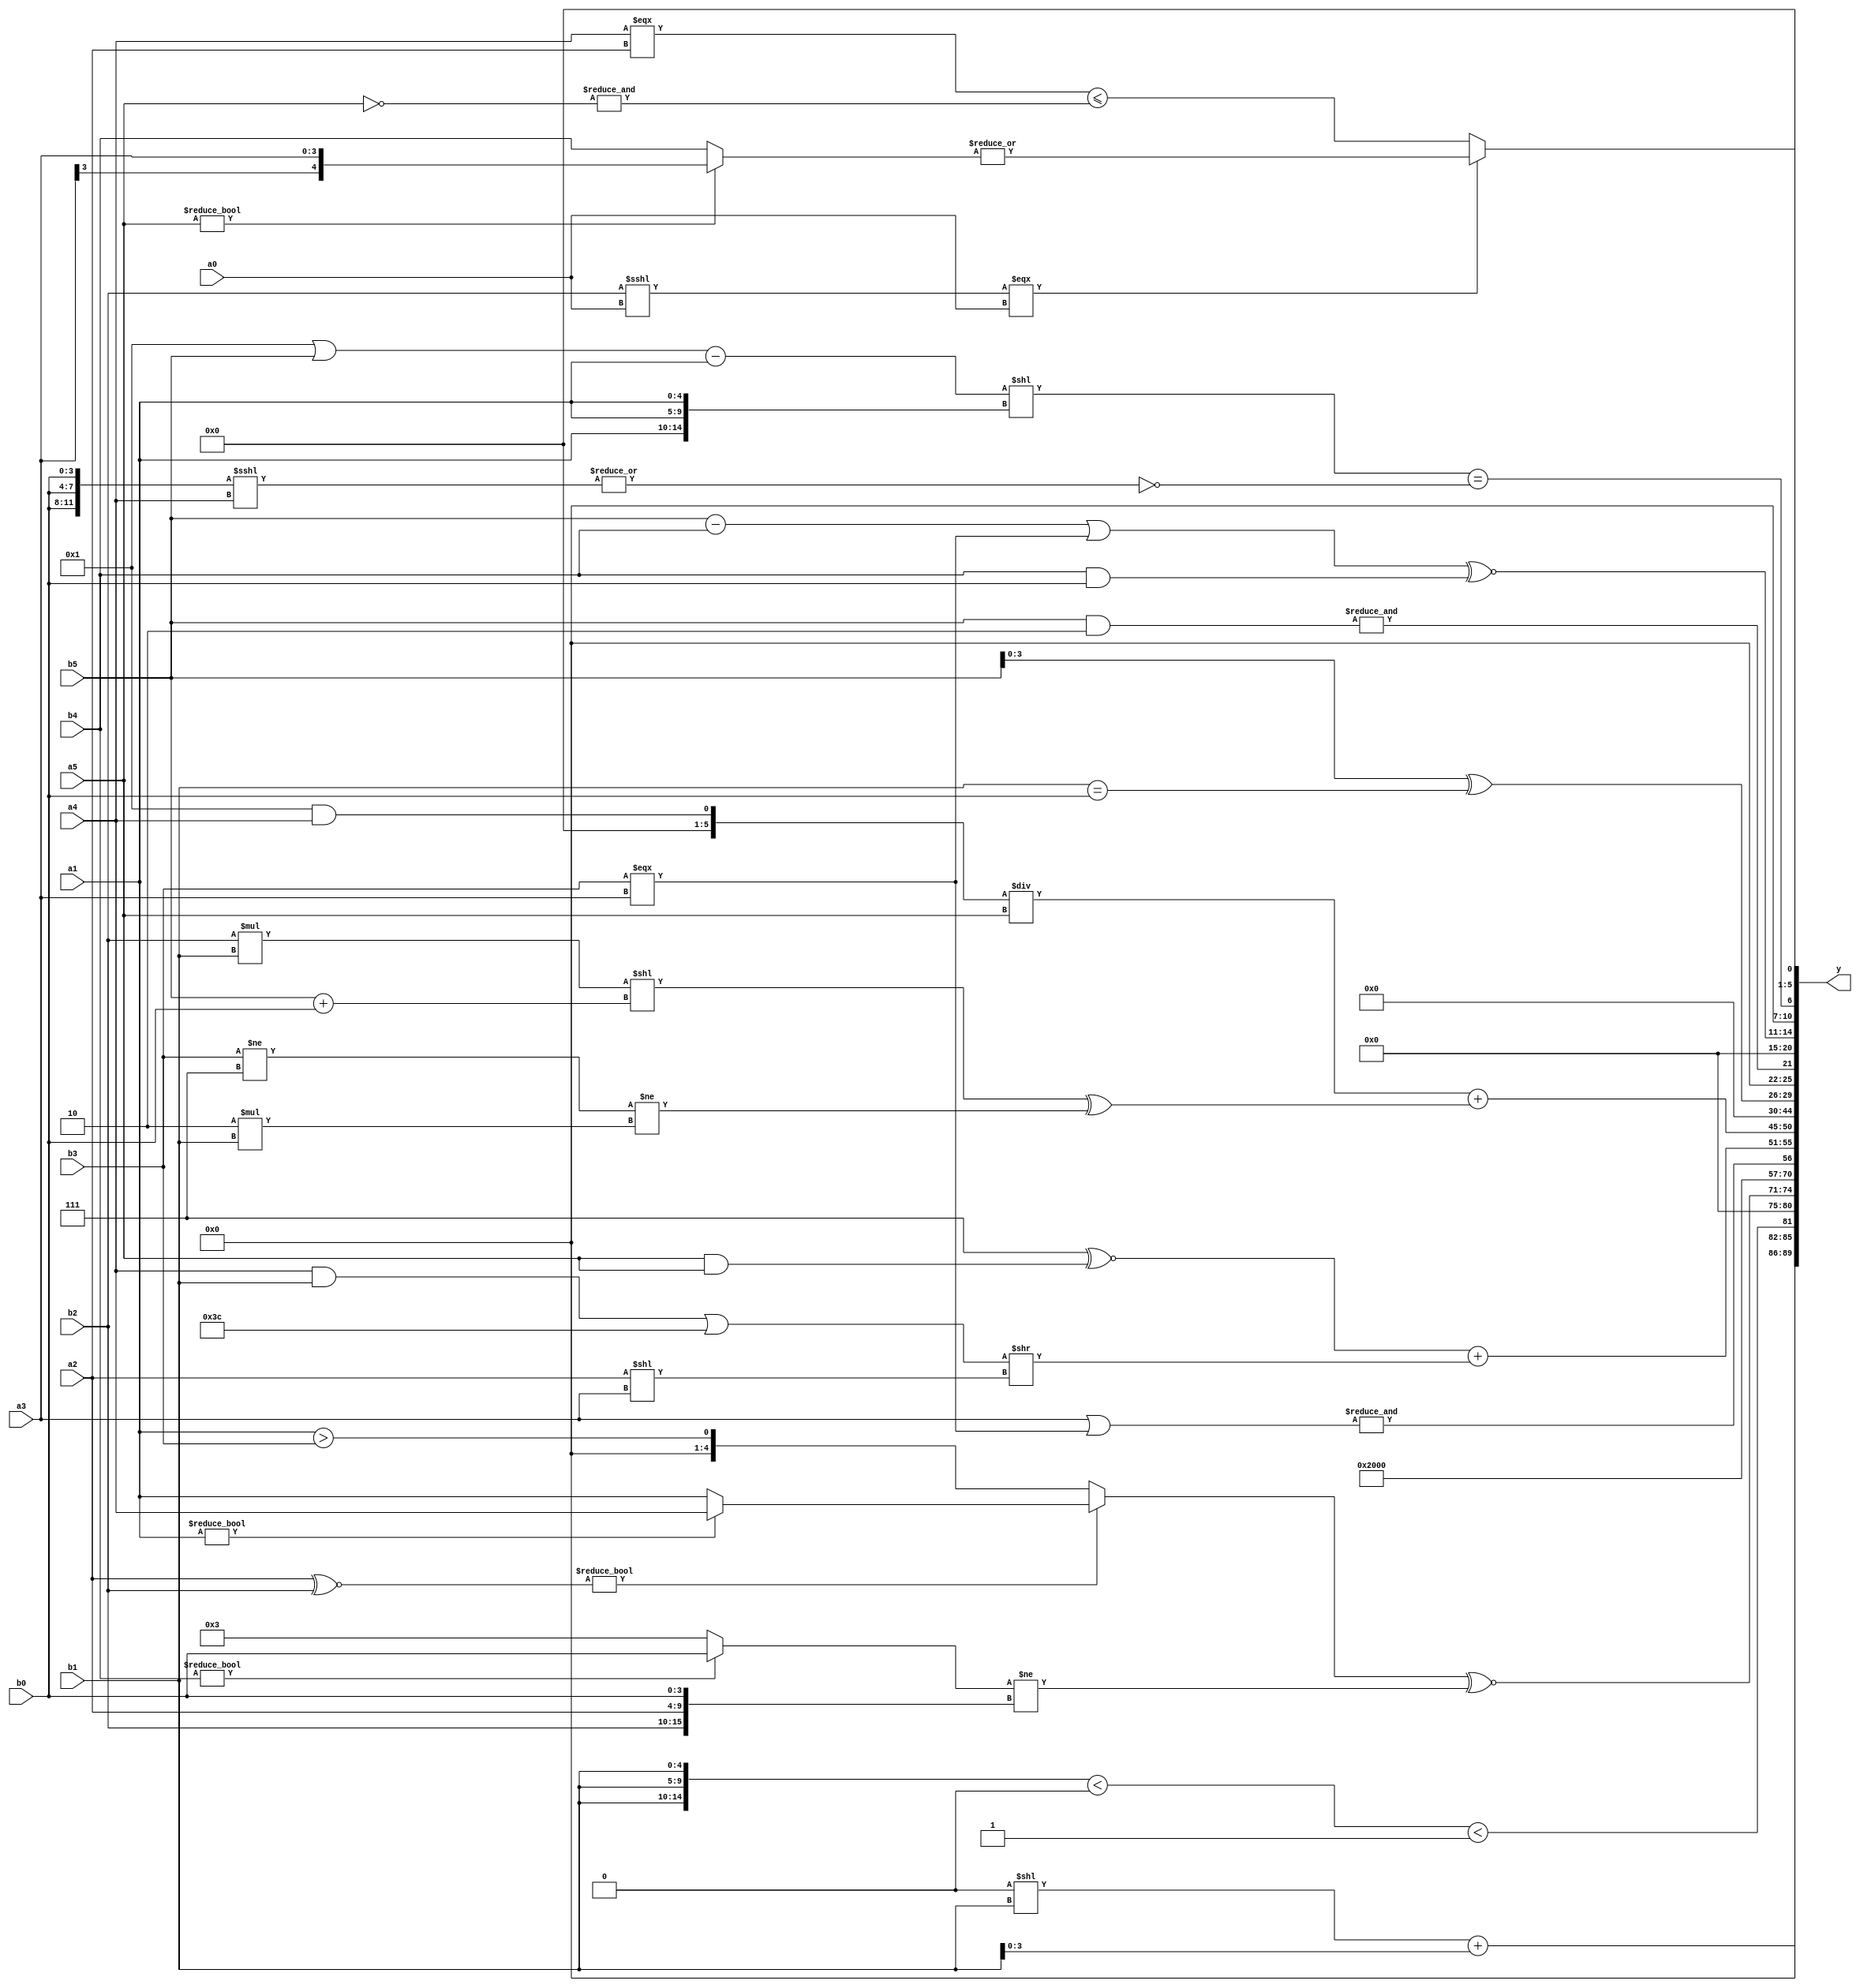
module expression_00812(a0, a1, a2, a3, a4, a5, b0, b1, b2, b3, b4, b5, y);
  input [3:0] a0;
  input [4:0] a1;
  input [5:0] a2;
  input signed [3:0] a3;
  input signed [4:0] a4;
  input signed [5:0] a5;

  input [3:0] b0;
  input [4:0] b1;
  input [5:0] b2;
  input signed [3:0] b3;
  input signed [4:0] b4;
  input signed [5:0] b5;

  wire [3:0] y0;
  wire [4:0] y1;
  wire [5:0] y2;
  wire signed [3:0] y3;
  wire signed [4:0] y4;
  wire signed [5:0] y5;
  wire [3:0] y6;
  wire [4:0] y7;
  wire [5:0] y8;
  wire signed [3:0] y9;
  wire signed [4:0] y10;
  wire signed [5:0] y11;
  wire [3:0] y12;
  wire [4:0] y13;
  wire [5:0] y14;
  wire signed [3:0] y15;
  wire signed [4:0] y16;
  wire signed [5:0] y17;

  output [89:0] y;
  assign y = {y0,y1,y2,y3,y4,y5,y6,y7,y8,y9,y10,y11,y12,y13,y14,y15,y16,y17};

  localparam [3:0] p0 = ((((5'sd13)||(4'sd7))!=(2'd1))?(5'd2 * {(2'd2),(4'd1),(4'd4)}):((4'd1)<={(-2'sd0),(-4'sd4),(2'd3)}));
  localparam [4:0] p1 = (~|((~((5'd29)?(-3'sd3):(-5'sd7)))^~((-4'sd1)%(-5'sd4))));
  localparam [5:0] p2 = (-(!(~{1{(-(~{1{{4{(5'd1)}}}}))}})));
  localparam signed [3:0] p3 = ((2'd3)!==(2'd1));
  localparam signed [4:0] p4 = (-2'sd0);
  localparam signed [5:0] p5 = (-2'sd0);
  localparam [3:0] p6 = {1{({1{((2'd2)?(5'd10):(5'sd14))}}?(~{(5'd25),(-2'sd0),(-3'sd0)}):(-((-4'sd4)>>>(2'd3))))}};
  localparam [4:0] p7 = ((~&((-4'sd0)?(3'sd2):(-3'sd0)))?((-5'sd9)?(3'd7):(2'd0)):(!((3'd3)?(-5'sd1):(4'd6))));
  localparam [5:0] p8 = (~|(&(-5'sd14)));
  localparam signed [3:0] p9 = (-3'sd2);
  localparam signed [4:0] p10 = (((4'sd7)<<(2'sd0))%(2'd2));
  localparam signed [5:0] p11 = ({4{(!(3'sd1))}}^(^({2{(4'd12)}}?((-4'sd4)?(2'd3):(3'sd3)):(~(4'sd3)))));
  localparam [3:0] p12 = ((^(2'sd1))-(((4'd11)?(5'sd5):(2'd3))>((4'd9)>(4'sd4))));
  localparam [4:0] p13 = (({(-5'sd8),(5'd20),(5'sd6)}+(~&(4'sd5)))=={(-2'sd1),(4'd3),(-5'sd5)});
  localparam [5:0] p14 = (-(!((5'd11)>=(3'd0))));
  localparam signed [3:0] p15 = ((((3'd2)^~(4'd5))&&((4'sd0)<<(3'sd0)))&(((3'd4)<<<(-2'sd1))?((2'sd0)<<<(4'sd3)):((5'd15)>(4'sd4))));
  localparam signed [4:0] p16 = (2'd3);
  localparam signed [5:0] p17 = (-(&(5'sd5)));

  assign y0 = ((p1<<b1)+(b1>>p12));
  assign y1 = (($unsigned({3{b1}})<{2{p14}})<$unsigned((~&$unsigned({p3,b0,p16}))));
  assign y2 = {4{((|p14)<<(-4'sd3))}};
  assign y3 = (((a2^~b2)?{(a1?a4:a1)}:(a1>b3))^~((b4?b0:p16)!={b2,a2,b0}));
  assign y4 = ({1{(6'd2 * (4'd4))}}^~{1{(3'd7)}});
  assign y5 = {{3{(&(~^p0))}}};
  assign y6 = $unsigned((&(((a3))|(b3===a3))));
  assign y7 = (((3'd7)^~($signed((a5&a5))))+(((a4&&b1)|(-4'sd4))>>$signed(((a2)<<$signed(a3)))));
  assign y8 = (((p3&&a4)/a5)+(((b2*b1)<<(b5+b0))^((b3!=p7)!=(6'd2 * b1))));
  assign y9 = $unsigned((((a4*a1)!=(|(a2<<<b0)))===$unsigned(((5'd27)^~(3'd0)))));
  assign y10 = {({b5,b4,p14}+(p15<<<p4))};
  assign y11 = (4'sd0);
  assign y12 = ({3{b5}}^(b1==b0));
  assign y13 = (&{4{(b5&p9)}});
  assign y14 = {3{{2{(4'd2 * p12)}}}};
  assign y15 = (((b5-b4)||(b3===a3))^~((b4&&b0)));
  assign y16 = ((((p0||b5)-(a1))<<(+{3{a1}}))==$signed($signed((~|({3{b0}}<<<(a4>>p13))))));
  assign y17 = (((+((b2<<<a0)===$signed(a0))))?(|$signed({1{(a5?a3:b4)}})):((a4===a2)<=(&(~a5))));
endmodule